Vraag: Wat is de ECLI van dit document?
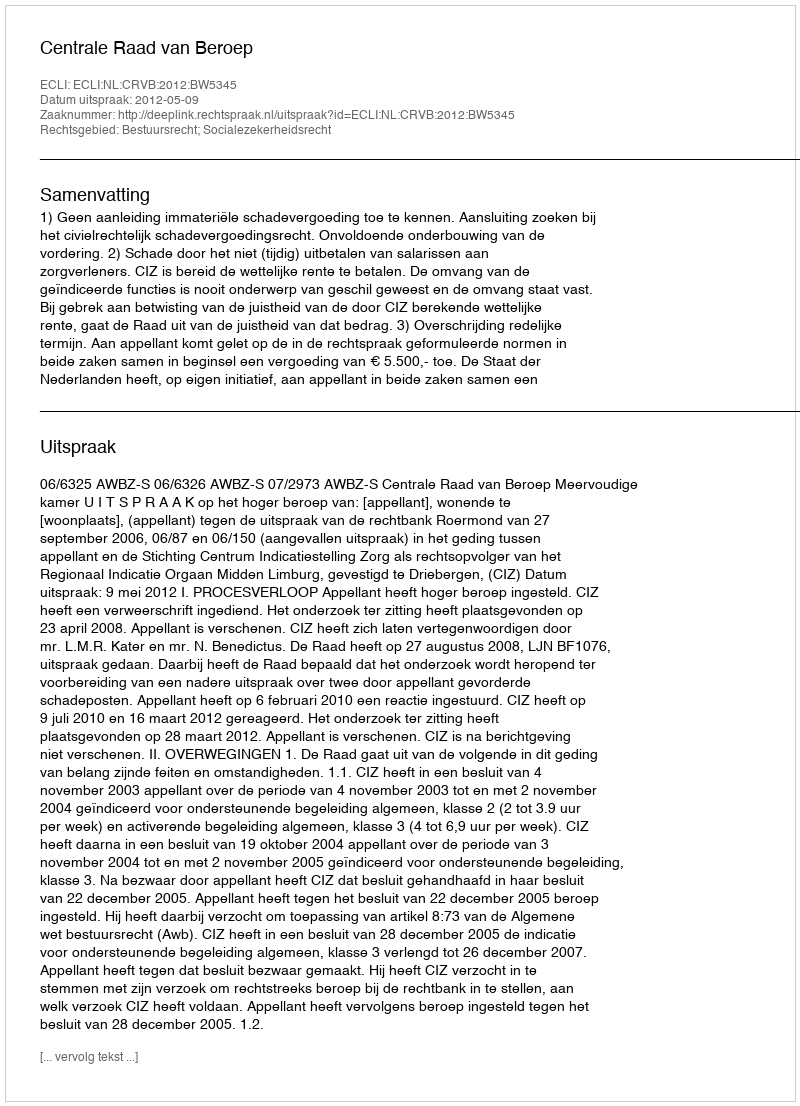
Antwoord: ECLI:NL:CRVB:2012:BW5345